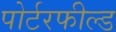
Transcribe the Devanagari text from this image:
पोर्टरफील्ड